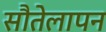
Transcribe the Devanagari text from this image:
सौतेलापन